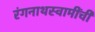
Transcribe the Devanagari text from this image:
रंगनाथस्वामींची